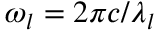
\omega _ { l } = 2 \pi c / \lambda _ { l }